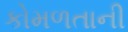
કોમળતાની